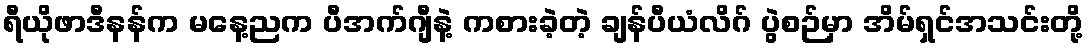
ရီယိုဖာဒီနန်က မနေ့ညက ပီအက်ဂျီနဲ့ ကစားခဲ့တဲ့ ချန်ပီယံလိဂ် ပွဲစဉ်မှာ အိမ်ရှင်အသင်းတို့